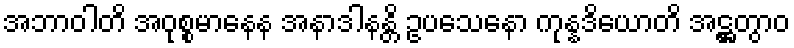
အဘာဝါတိ အဝုစ္စမာနေန အနာဒါနန္တိ ဥပသေနော ကုန္နဒိယောတိ အဋ္ဌတွာဝ